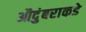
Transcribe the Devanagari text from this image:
औदुंबराकडे